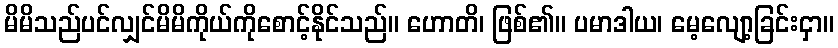
မိမိသည်ပင်လျှင်မိမိကိုယ်ကိုစောင့်နိုင်သည်။ ဟောတိ၊ ဖြစ်၏။ ပမာဒါယ၊ မေ့လျော့ခြင်းငှာ။